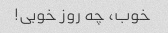
خوب، چه روز خوبی!